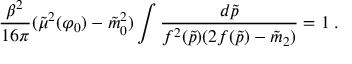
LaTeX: { \frac { \beta ^ { 2 } } { 1 6 \pi } } ( \tilde { \mu } ^ { 2 } ( \varphi _ { 0 } ) - \tilde { m } _ { 0 } ^ { 2 } ) \int { \frac { d \tilde { p } } { f ^ { 2 } ( \tilde { p } ) ( 2 f ( \tilde { p } ) - \tilde { m } _ { 2 } ) } } = 1 \; .